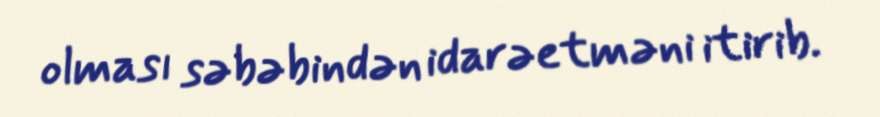
olması səbəbindən idarəetməni itirib.